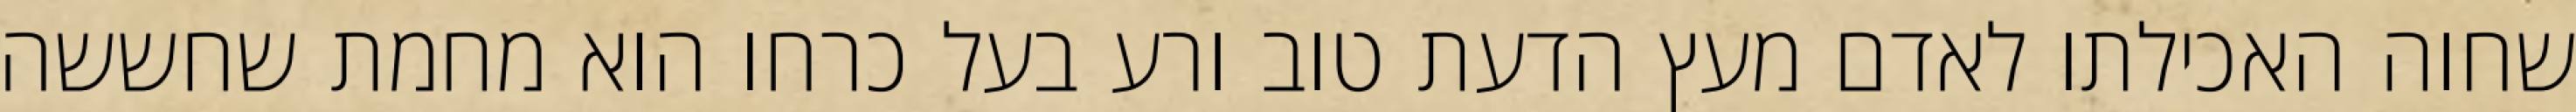
שחוה האכילתו לאדם מעץ הדעת טוב ורע בעל כרחו הוא מחמת שחששה